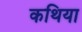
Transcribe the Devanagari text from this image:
कथिया